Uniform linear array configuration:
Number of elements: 32
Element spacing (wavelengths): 0.25
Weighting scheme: kaiser
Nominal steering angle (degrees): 0
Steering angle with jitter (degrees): -1.24
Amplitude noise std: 0.05
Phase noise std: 0.05

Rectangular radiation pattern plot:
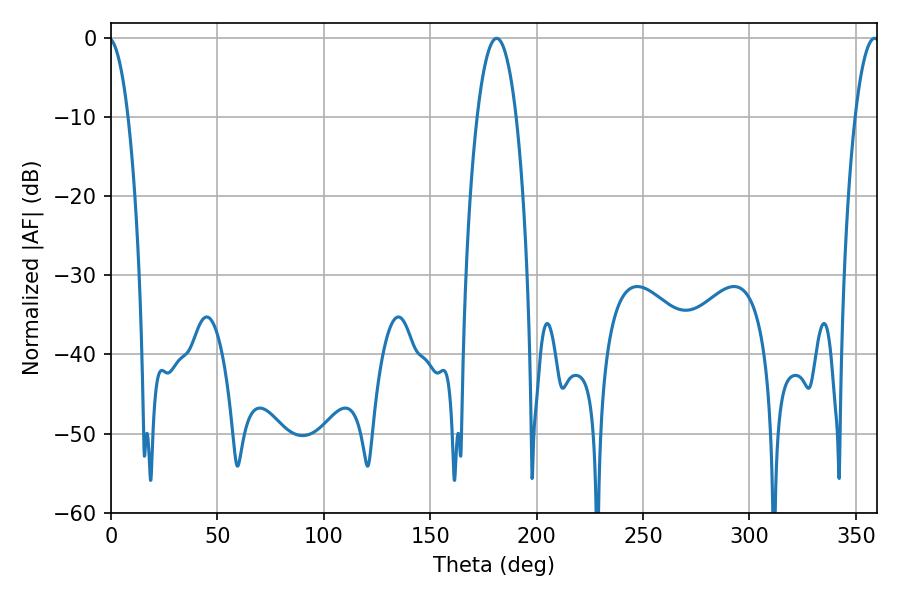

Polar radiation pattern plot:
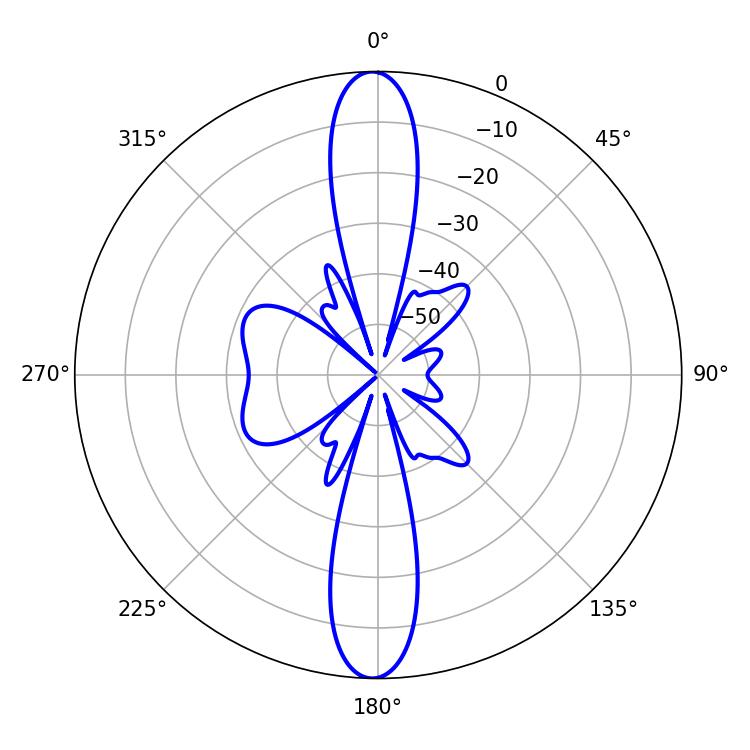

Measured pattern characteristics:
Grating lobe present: FALSE
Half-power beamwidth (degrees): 10.26
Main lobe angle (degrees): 181.26